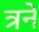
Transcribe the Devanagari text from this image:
त्रने